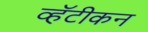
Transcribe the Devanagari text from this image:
व्हॅटीकन